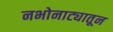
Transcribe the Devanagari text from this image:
नभोनाट्यातून